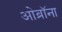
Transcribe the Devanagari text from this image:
ओब्रॉना